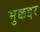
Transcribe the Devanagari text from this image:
मुक्कद्दर